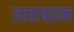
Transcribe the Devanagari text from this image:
लताबहन